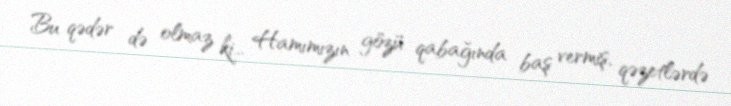
Bu qədər də olmaz ki... Hamımızın gözü qabağında baş vermiş, qəzetlərdə